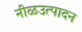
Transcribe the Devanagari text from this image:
नीळउत्पादन